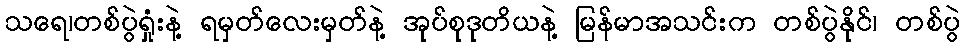
သရေ၊တစ်ပွဲရှုံးနဲ့ ရမှတ်လေးမှတ်နဲ့ အုပ်စုဒုတိယနဲ့ မြန်မာအသင်းက တစ်ပွဲနိုင်၊ တစ်ပွဲ